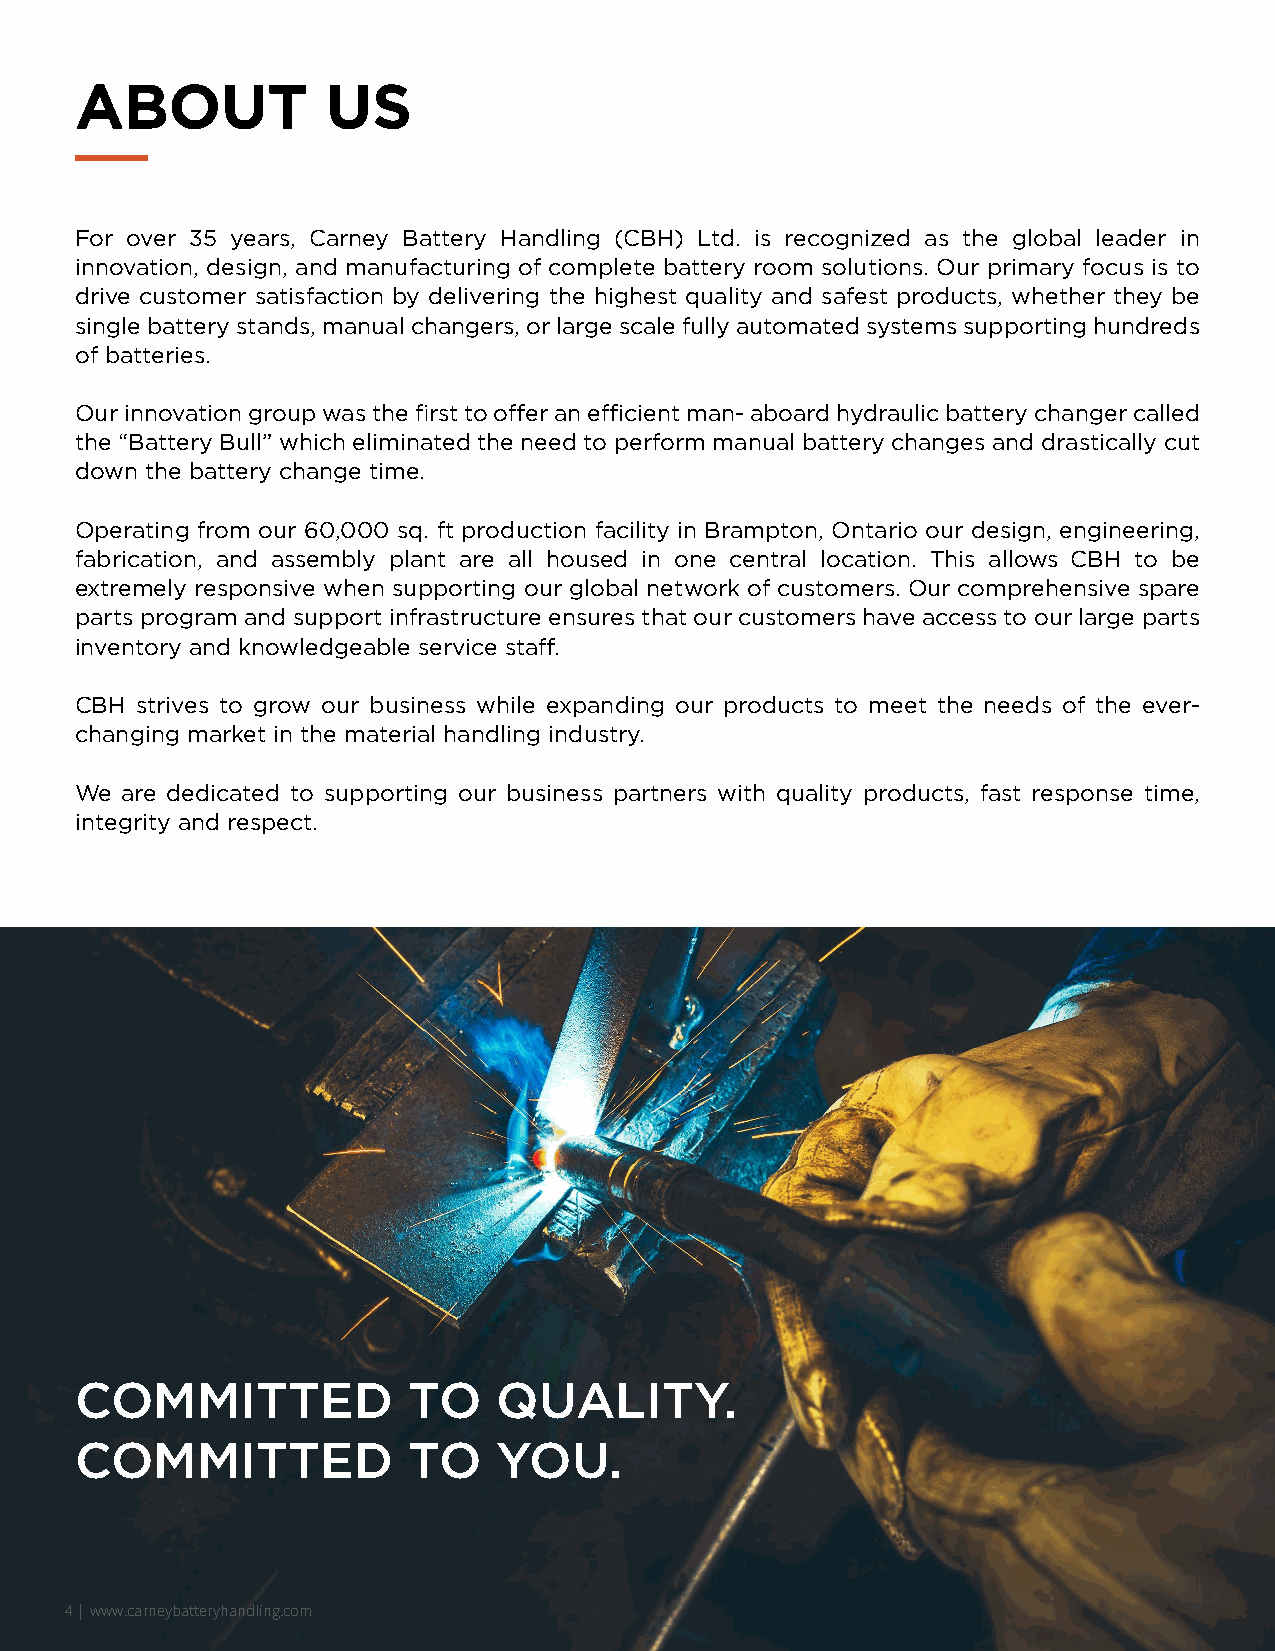
ABOUT            US
 For over 35 years, Carney Battery Handling (CBH) Ltd. is recognized as the global leader in
 innovation, design, and manufacturing of complete battery room solutions. Our primary focus is to
 drive customer satisfaction by delivering the highest quality and safest products, whether they be
 single battery stands, manual changers, or large scale fully automated systems supporting hundreds
 of batteries.
 Our innovation group was the first to offer an efficient man- aboard hydraulic battery changer called
 the “Battery Bull” which eliminated the need to perform manual battery changes and drastically cut
 down the battery change time.
 Operating from our 60,000 sq. ft production facility in Brampton, Ontario our design, engineering,
 fabrication, and assembly plant are all housed in one central location. This allows CBH to be
 extremely responsive when supporting our global network of customers. Our comprehensive spare
 parts program and support infrastructure ensures that our customers have access to our large parts
 inventory and knowledgeable service staff.
 CBH strives to grow our business while expanding our products to meet the needs of the ever-
 changing market in the material handling industry.
 We are dedicated to supporting our business partners with quality products, fast response time,
 integrity and respect.
 COMMITTED             TO    QUALITY.
 COMMITTED             TO    YOU.
 4 | www.carneybatteryhandling.com